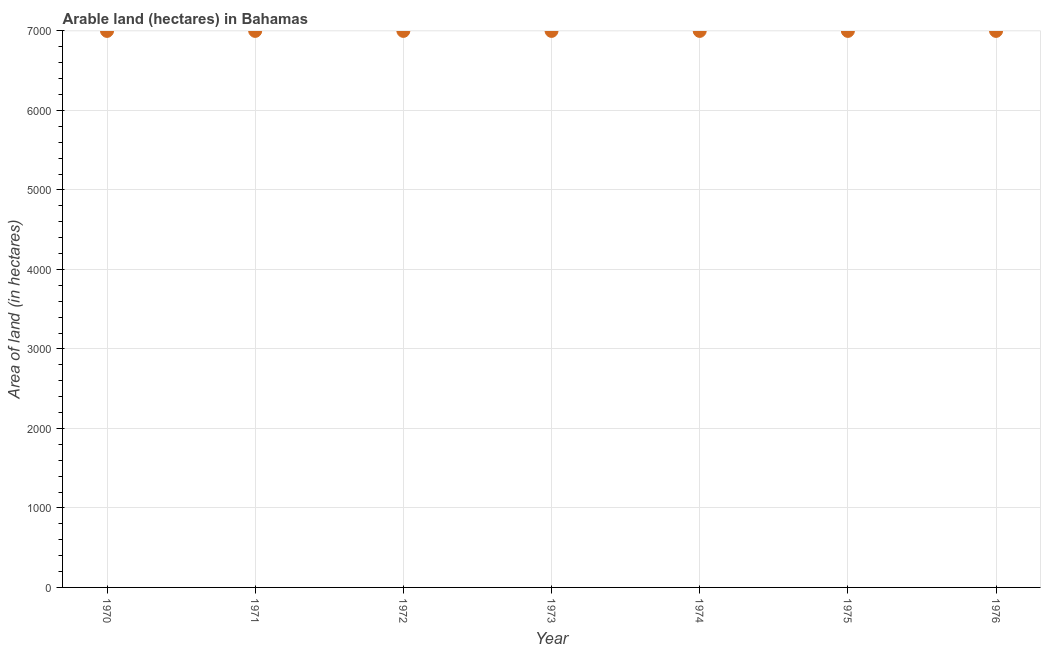
| Year | Area of land |
 | --- | --- |
 | 1970 | 7e+03 |
 | 1971 | 7e+03 |
 | 1972 | 7e+03 |
 | 1973 | 7e+03 |
 | 1974 | 7e+03 |
 | 1975 | 7e+03 |
 | 1976 | 7e+03 |